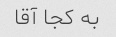
به کجا آقا